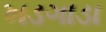
ખડગાડા